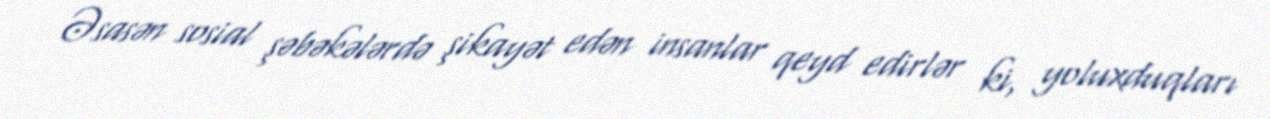
Əsasən sosial şəbəkələrdə şikayət edən insanlar qeyd edirlər ki, yoluxduqları